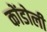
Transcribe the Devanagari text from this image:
कोंडोली